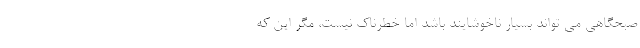
صبحگاهی می تواند بسیار ناخوشایند باشد اما خطرناک نیست، مگر این که